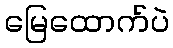
မြေထောက်ပဲ